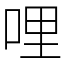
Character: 哩